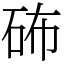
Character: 𥑢